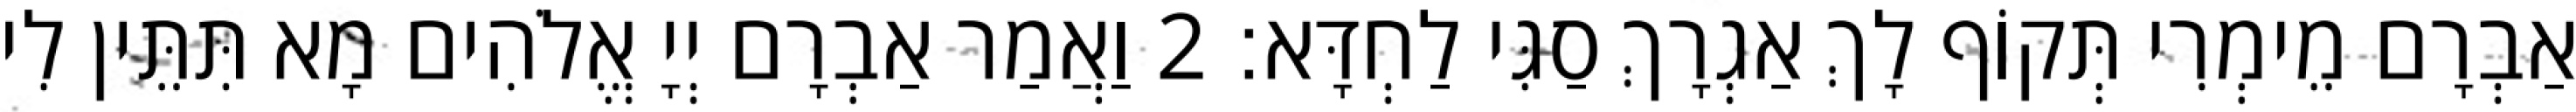
אַבְרָם מֵימְרִי תְּקוֹף לָךְ אַגְרָךְ סַגִּי לַחְדָּא׃ 2 וַאֲמַר אַבְרָם יְיָ אֱלֹהִים מָא תִּתֵּין לִי